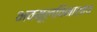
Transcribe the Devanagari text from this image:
भवमूलविनाशाय